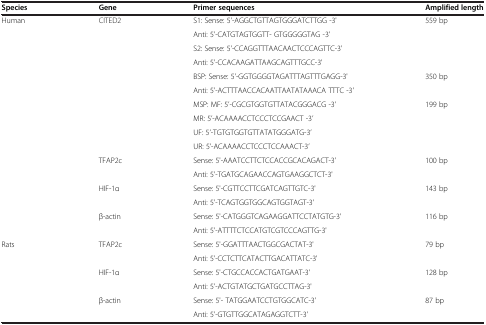
<table><thead><tr><td><b>Species</b></td><td><b>Gene</b></td><td><b>Primer sequences</b></td><td><b>Amplified length</b></td></tr></thead><tbody><tr><td>Human</td><td>CITED2</td><td>S1: Sense: 5&#x27;-AGGCTGTTAGTGGGATCTTGG -3&#x27;</td><td>559 bp</td></tr><tr><td> </td><td> </td><td>Anti: 5&#x27;-CATGTAGTGGTT- GTGGGGGTAG -3&#x27;</td><td> </td></tr><tr><td> </td><td> </td><td>S2: Sense: 5&#x27;-CCAGGTTTAACAACTCCCAGTTC-3&#x27;</td><td> </td></tr><tr><td> </td><td> </td><td>Anti: 5&#x27;-CCACAAGATTAAGCAGTTTGCC-3&#x27;</td><td> </td></tr><tr><td> </td><td> </td><td>BSP: Sense: 5&#x27;-GGTGGGGTAGATTTAGTTTGAGG-3&#x27;</td><td>350 bp</td></tr><tr><td> </td><td> </td><td>Anti: 5&#x27;-ACTTTAACCACAATTAATATAAACA TTTC -3&#x27;</td><td> </td></tr><tr><td> </td><td> </td><td>MSP: MF: 5’-CGCGTGGTGTTATACGGGACG -3’</td><td>199 bp</td></tr><tr><td> </td><td> </td><td>MR: 5’-ACAAAACCTCCCTCCGAACT -3’</td><td> </td></tr><tr><td> </td><td> </td><td>UF: 5’-TGTGTGGTGTTATATGGGATG-3’</td><td> </td></tr><tr><td> </td><td> </td><td>UR: 5’-ACAAAACCTCCCTCCAAACT-3’</td><td> </td></tr><tr><td> </td><td>TFAP2c</td><td>Sense: 5&#x27;-AAATCCTTCTCCACCGCACAGACT-3&#x27;</td><td>100 bp</td></tr><tr><td> </td><td> </td><td>Anti: 5&#x27;-TGATGCAGAACCAGTGAAGGCTCT-3&#x27;</td><td> </td></tr><tr><td> </td><td>HIF-1α</td><td>Sense: 5&#x27;-CGTTCCTTCGATCAGTTGTC-3&#x27;</td><td>143 bp</td></tr><tr><td> </td><td> </td><td>Anti: 5&#x27;-TCAGTGGTGGCAGTGGTAGT-3&#x27;</td><td> </td></tr><tr><td> </td><td>β-actin</td><td>Sense: 5&#x27;-CATGGGTCAGAAGGATTCCTATGTG-3&#x27;</td><td>116 bp</td></tr><tr><td> </td><td> </td><td>Anti: 5&#x27;-ATTTTCTCCATGTCGTCCCAGTTG-3&#x27;</td><td> </td></tr><tr><td>Rats</td><td>TFAP2c</td><td>Sense: 5&#x27;-GGATTTAACTGGCGACTAT-3&#x27;</td><td>79 bp</td></tr><tr><td> </td><td> </td><td>Anti: 5&#x27;-CCTCTTCATACTTGACATTATC-3&#x27;</td><td> </td></tr><tr><td> </td><td>HIF-1α</td><td>Sense: 5&#x27;-CTGCCACCACTGATGAAT-3&#x27;</td><td>128 bp</td></tr><tr><td> </td><td> </td><td>Anti: 5&#x27;-ACTGTATGCTGATGCCTTAG-3&#x27;</td><td> </td></tr><tr><td> </td><td>β-actin</td><td>Sense: 5&#x27;- TATGGAATCCTGTGGCATC-3&#x27;</td><td>87 bp</td></tr><tr><td> </td><td> </td><td>Anti: 5&#x27;-GTGTTGGCATAGAGGTCTT-3&#x27;</td><td> </td></tr></tbody></table>